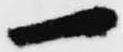
一